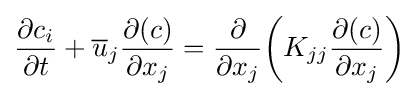
{\partial c_{i} \over \partial t}+{\overline {u}}_{j}{\partial (c) \over \partial x_{j}}={\partial  \over \partial x_{j}}{\bigg (}K_{jj}{\partial (c) \over \partial x_{j}}{\bigg )}